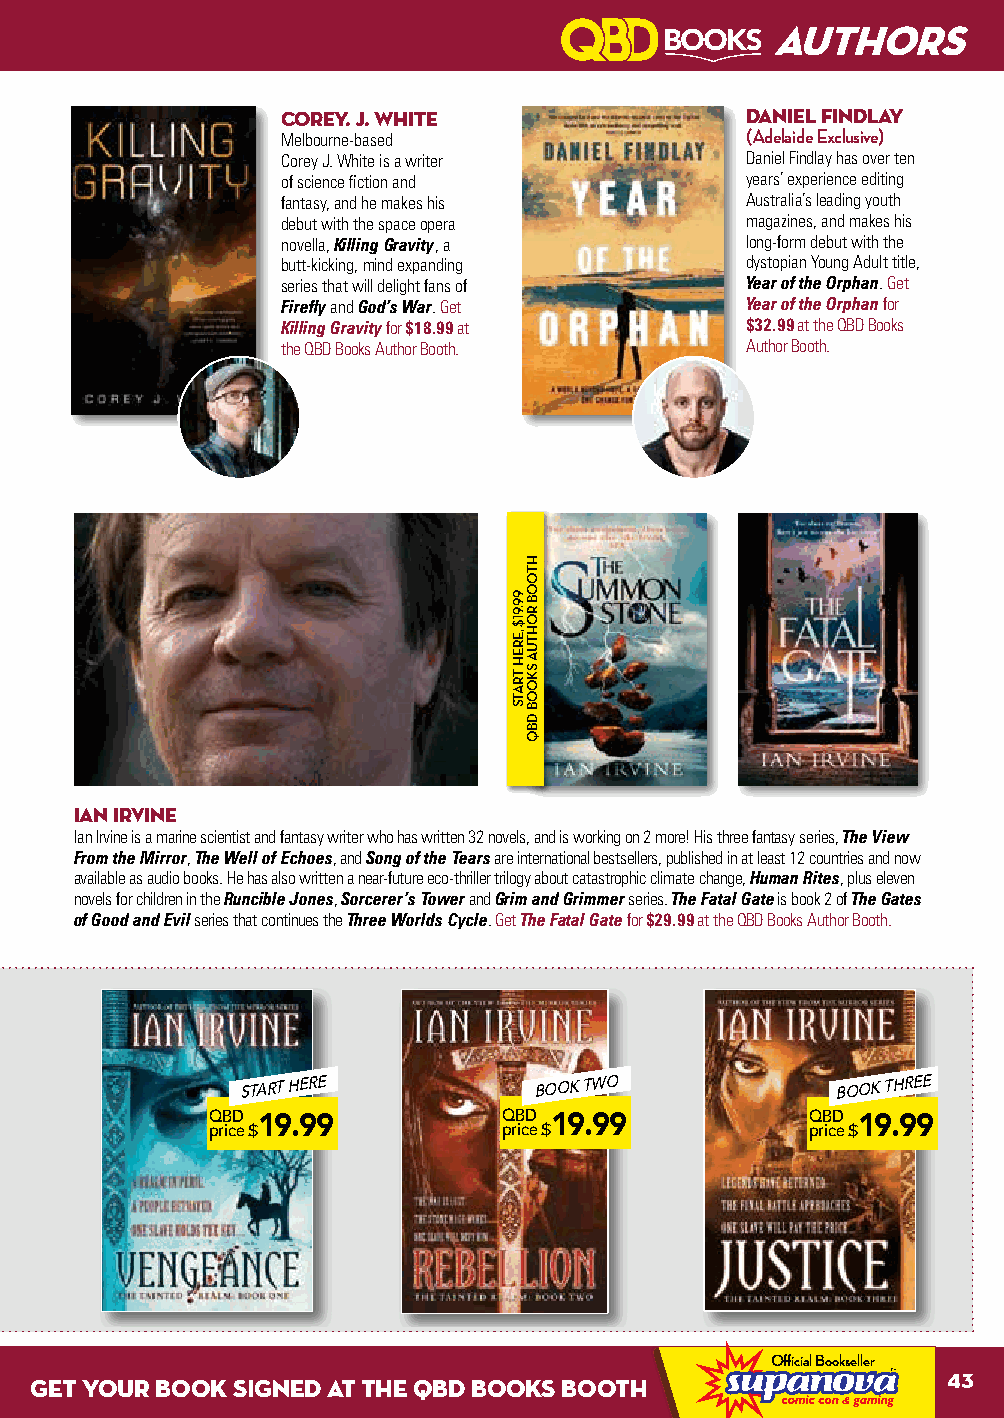
AUTHORS
 COREY. J. WHITE               DANIEL FINDLAY
 Melbourne-based               (Adelaide Exclusive)
 Corey J. White is a writer    Daniel Findlay has over ten
 of science fiction and        years’ experience editing
 fantasy, and he makes his     Australia’s leading youth
 debut with the space opera    magazines, and makes his
 novella, Killing Gravity, a   long-form debut with the
 butt-kicking, mind expanding  dystopian Young Adult title,
 series that will delight fans of Year of the Orphan. Get
 Firefly and God’s War. Get    Year of the Orphan for
 Killing Gravity for $18.99 at $32.99 at the QBD Books
 the QBD Books Author Booth.   Author Booth.
 IAN IRVINE
 Ian Irvine is a marine scientist and fantasy writer who has written 32 novels, and is working on 2 more! His three fantasy series, The View
 From the Mirror, The Well of Echoes, and Song of the Tears are international bestsellers, published in at least 12 countries and now
 available as audio books. He has also written a near-future eco-thriller trilogy about catastrophic climate change, Human Rites, plus eleven
 novels for children in the Runcible Jones, Sorcerer’s Tower and Grim and Grimmer series. The Fatal Gate is book 2 of The Gates
 of Good and Evil series that continues the Three Worlds Cycle. Get The Fatal Gate for $29.99 at the QBD Books Author Booth.
 START HERE         BOOK TWO            BOOK THREE
 QBD 19.99          QBD 19.99            QBD 19.99
 price$             price$               price$
 Official Bookseller
 Visit our BOOTH or visit us online WWW.QBD.COM.AU GET YOUR BOOK SIGNED AT THE QBwDw wB.mOoshOtix.cKomS.a uB WOE NOEEDT YHOU! VOLUNTEER AT www.supanova.com.au/volunteers 43
 99.91$
 ,EREH
 TRATS
 HTOOB
 ROHTUA
 SKOOB
 DBQ